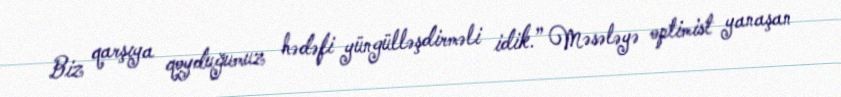
Biz qarşıya qoyduğumuz hədəfi yüngülləşdirməli idik.” Məsələyə optimist yanaşan